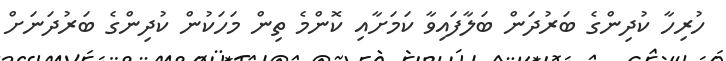
ހުރިހާ ކުދިންގެ ބަރުދަން ބަލާފައިވާ ކަމަށާއި ކޮންމެ ތިން މަހަކުން ކުދިންގެ ބަރުދަނަށް